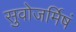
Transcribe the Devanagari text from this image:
सुवोजर्मिषं